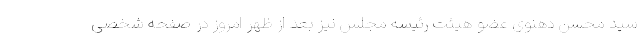
سید محسن دهنوی عضو هیئت رئیسه مجلس نیز بعد از ظهر امروز در صفحه شخصی